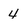
Character: 4